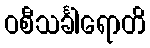
ဝစီသင်္ခါရောတိ